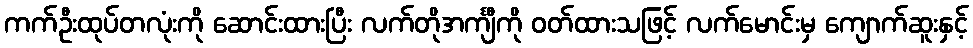
ကက်ဦးထုပ်တလုံးကို ဆောင်းထားပြီး လက်တိုအင်္ကျီကို ဝတ်ထားသဖြင့် လက်မောင်းမှ ကျောက်ဆူးနှင့်